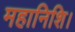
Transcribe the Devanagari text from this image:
महानिशि।